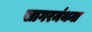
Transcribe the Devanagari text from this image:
सागरमंथना